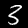
Label: 3